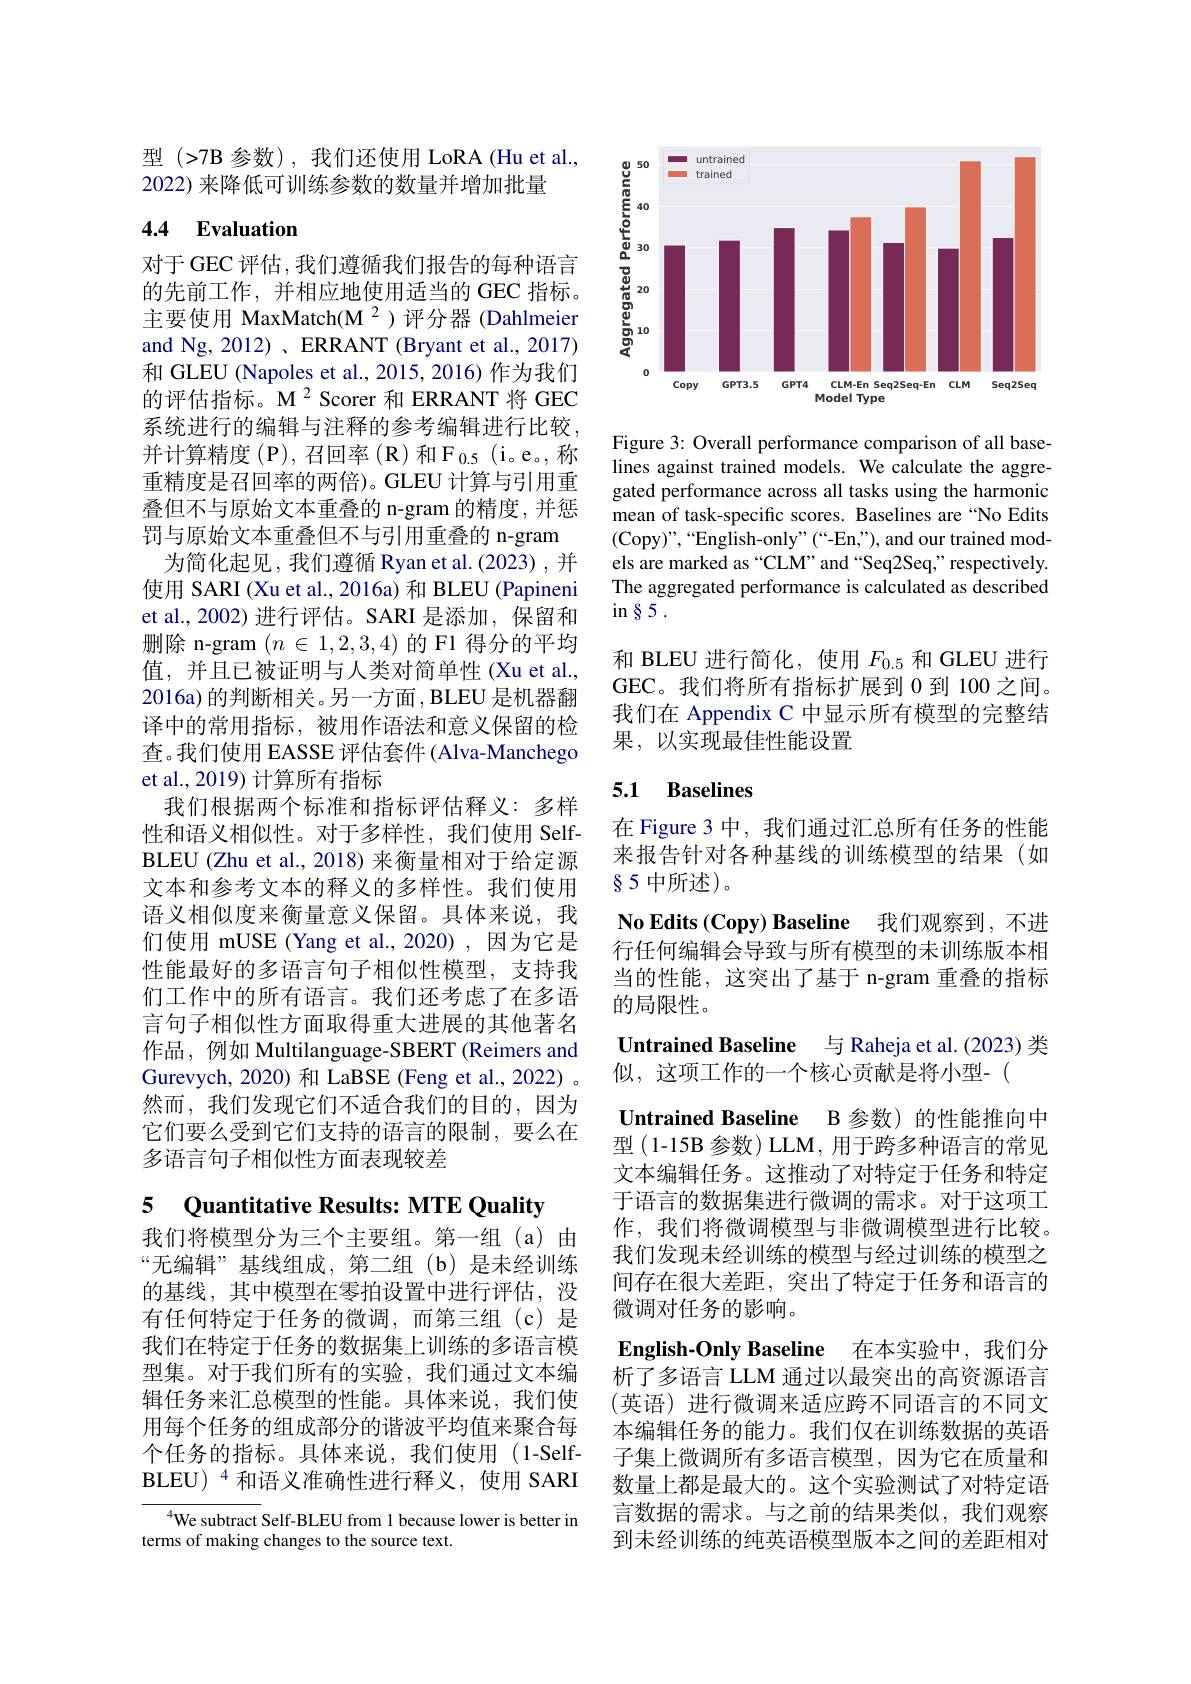
型 (>7B 参数), 我们还使用 LoRA (Hu et al.,
2022) 来降低可训练参数的数量并增加批量

## 4.4 $\textbf{Evaluation}$

对于GEC 评估，我们遵循我们报告的每种语言的先前工作，并相应地使用适当的GEC 指标主要使用 MaxMatch(M $^{2}$)评分器 (Dahlmeier and Ng, 2012) 、ERRANT (Bryant et al., 2017) 和 GLEU (Napoles et al., 2015, 2016) 作为我们的评估指标。M$^{2}$Scorer 和 ERRANT 将 GEC 系统进行的编辑与注释的参考编辑进行比较， $\text{并计算精度(P),召回率(R)和F}_{0.5}$(i。e。,称重精度是召回率的两倍)。GLEU 计算与引用重叠但不与原始文本重叠的 n-gram 的精度，并惩罚与原始文本重叠但不与引用重叠的 n-gram
为简化起见，我们遵循 Ryan et al.(2023),并使用 SARI (Xu et al., 2016a) 和 BLEU (Papineni et al., 2002) 进行评估。SARI 是添加，保留和删除 n-gram $(n\in1,2,3,4)$的 F1 得分的平均值，并且已被证明与人类对简单性(Xu et al., 2016a) 的判断相关。另一方面，BLEU 是机器翻译中的常用指标，被用作语法和意义保留的检查。我们使用 EASSE 评估套件 (Alva-Manchego et al., 2019) 计算所有指标
我们根据两个标准和指标评估释义：多样性和语义相似性。对于多样性，我们使用 SelfBLEU (Zhu et al., 2018) 来衡量相对于给定源文本和参考文本的释义的多样性。我们使用语义相似度来衡量意义保留。具体来说，我们使用 mUSE (Yang et al.,2020) ,因为它是性能最好的多语言句子相似性模型，支持我们工作中的所有语言。我们还考虑了在多语言句子相似性方面取得重大进展的其他著名作品 , 例如 Multilanguage-SBERT (Reimers and Gurevych, 2020) 和 LaBSE (Feng et al., 2022) 。然而，我们发现它们不适合我们的目的，因为它们要么受到它们支持的语言的限制，要么在多语言句子相似性方面表现较差

5 Quantitative Results: MTE Quality

我们将模型分为三个主要组。第一组(a)由“无编辑”基线组成，第二组(b)是未经训练的基线，其中模型在零拍设置中进行评估，没有任何特定于任务的微调，而第三组(c)是我们在特定于任务的数据集上训练的多语言模型集。对于我们所有的实验，我们通过文本编辑任务来汇总模型的性能。具体来说，我们使用每个任务的组成部分的谐波平均值来聚合每个任务的指标。具体来说，我们使用(1-Self- $\mathrm{BLEU)}^{4}$和语义准确性进行释义，使用 SARI

$^{4}$We subtract Self-BLEU from 1 because lower is better in
terms of making changes to the source text.

<FigureHere>

Figure 3: Overall performance comparison of all baselines against trained models. We calculate the aggregated performance across all tasks using the harmonic mean of task-specific scores. Baselines are “No Edits (Copy)",“English-only”(“-En,”),and our trained models are marked as “CLM”and“Seq2Seq,”respectively. The aggregated performance is calculated as described $in§5.$

和 BLEU 进行简化，使用$F_{0.5}$和 GLEU 进行GEC。我们将所有指标扩展到 0 到 100 之间。我们在 Appendix C 中显示所有模型的完整结果，以实现最佳性能设置

## 5.1 Baselines

在 Figure 3 中，我们通过汇总所有任务的性能来报告针对各种基线的训练模型的结果(如85中所述)。

No Edits (Copy) Baseline 我们观察到，不进行任何编辑会导致与所有模型的未训练版本相当的性能，这突出了基于 n-gram 重叠的指标的局限性。
Untrained Baseline 与 Raheja et al.(2023) 类
似，这项工作的一个核心贡献是将小型-(
Untrained Baseline B 参数)的性能推向中型(1-15B参数)LLM,用于跨多种语言的常见文本编辑任务。这推动了对特定于任务和特定于语言的数据集进行微调的需求。对于这项工作，我们将微调模型与非微调模型进行比较。我们发现未经训练的模型与经过训练的模型之间存在很大差距，突出了特定于任务和语言的微调对任务的影响。
English-Only Baseline 在本实验中，我们分析了多语言 LLM 通过以最突出的高资源语言(英语)进行微调来适应跨不同语言的不同文本编辑任务的能力。我们仅在训练数据的英语子集上微调所有多语言模型，因为它在质量和数量上都是最大的。这个实验测试了对特定语言数据的需求。与之前的结果类似，我们观察到未经训练的纯英语模型版本之间的差距相对